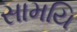
સામયિ